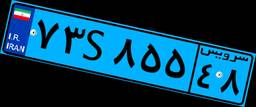
۰۵S۴۲۱۷۷